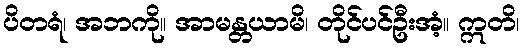
ပိတရံ၊ အဘကို။ အာမန္တယာမိ၊ တိုင်ပင်ဦးအံ့။ ဣတိ၊